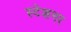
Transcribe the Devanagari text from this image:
स्टेशनर